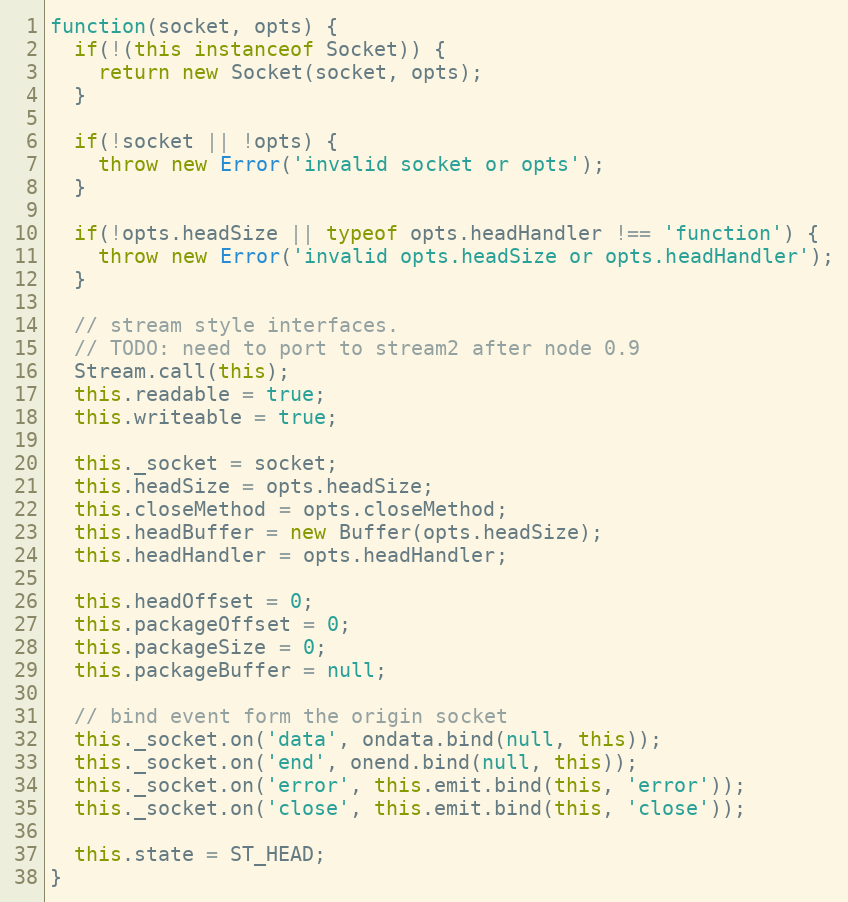
Language: JavaScript
function(socket, opts) {
  if(!(this instanceof Socket)) {
    return new Socket(socket, opts);
  }

  if(!socket || !opts) {
    throw new Error('invalid socket or opts');
  }

  if(!opts.headSize || typeof opts.headHandler !== 'function') {
    throw new Error('invalid opts.headSize or opts.headHandler');
  }

  // stream style interfaces.
  // TODO: need to port to stream2 after node 0.9
  Stream.call(this);
  this.readable = true;
  this.writeable = true;

  this._socket = socket;
  this.headSize = opts.headSize;
  this.closeMethod = opts.closeMethod;
  this.headBuffer = new Buffer(opts.headSize);
  this.headHandler = opts.headHandler;

  this.headOffset = 0;
  this.packageOffset = 0;
  this.packageSize = 0;
  this.packageBuffer = null;

  // bind event form the origin socket
  this._socket.on('data', ondata.bind(null, this));
  this._socket.on('end', onend.bind(null, this));
  this._socket.on('error', this.emit.bind(this, 'error'));
  this._socket.on('close', this.emit.bind(this, 'close'));

  this.state = ST_HEAD;
}